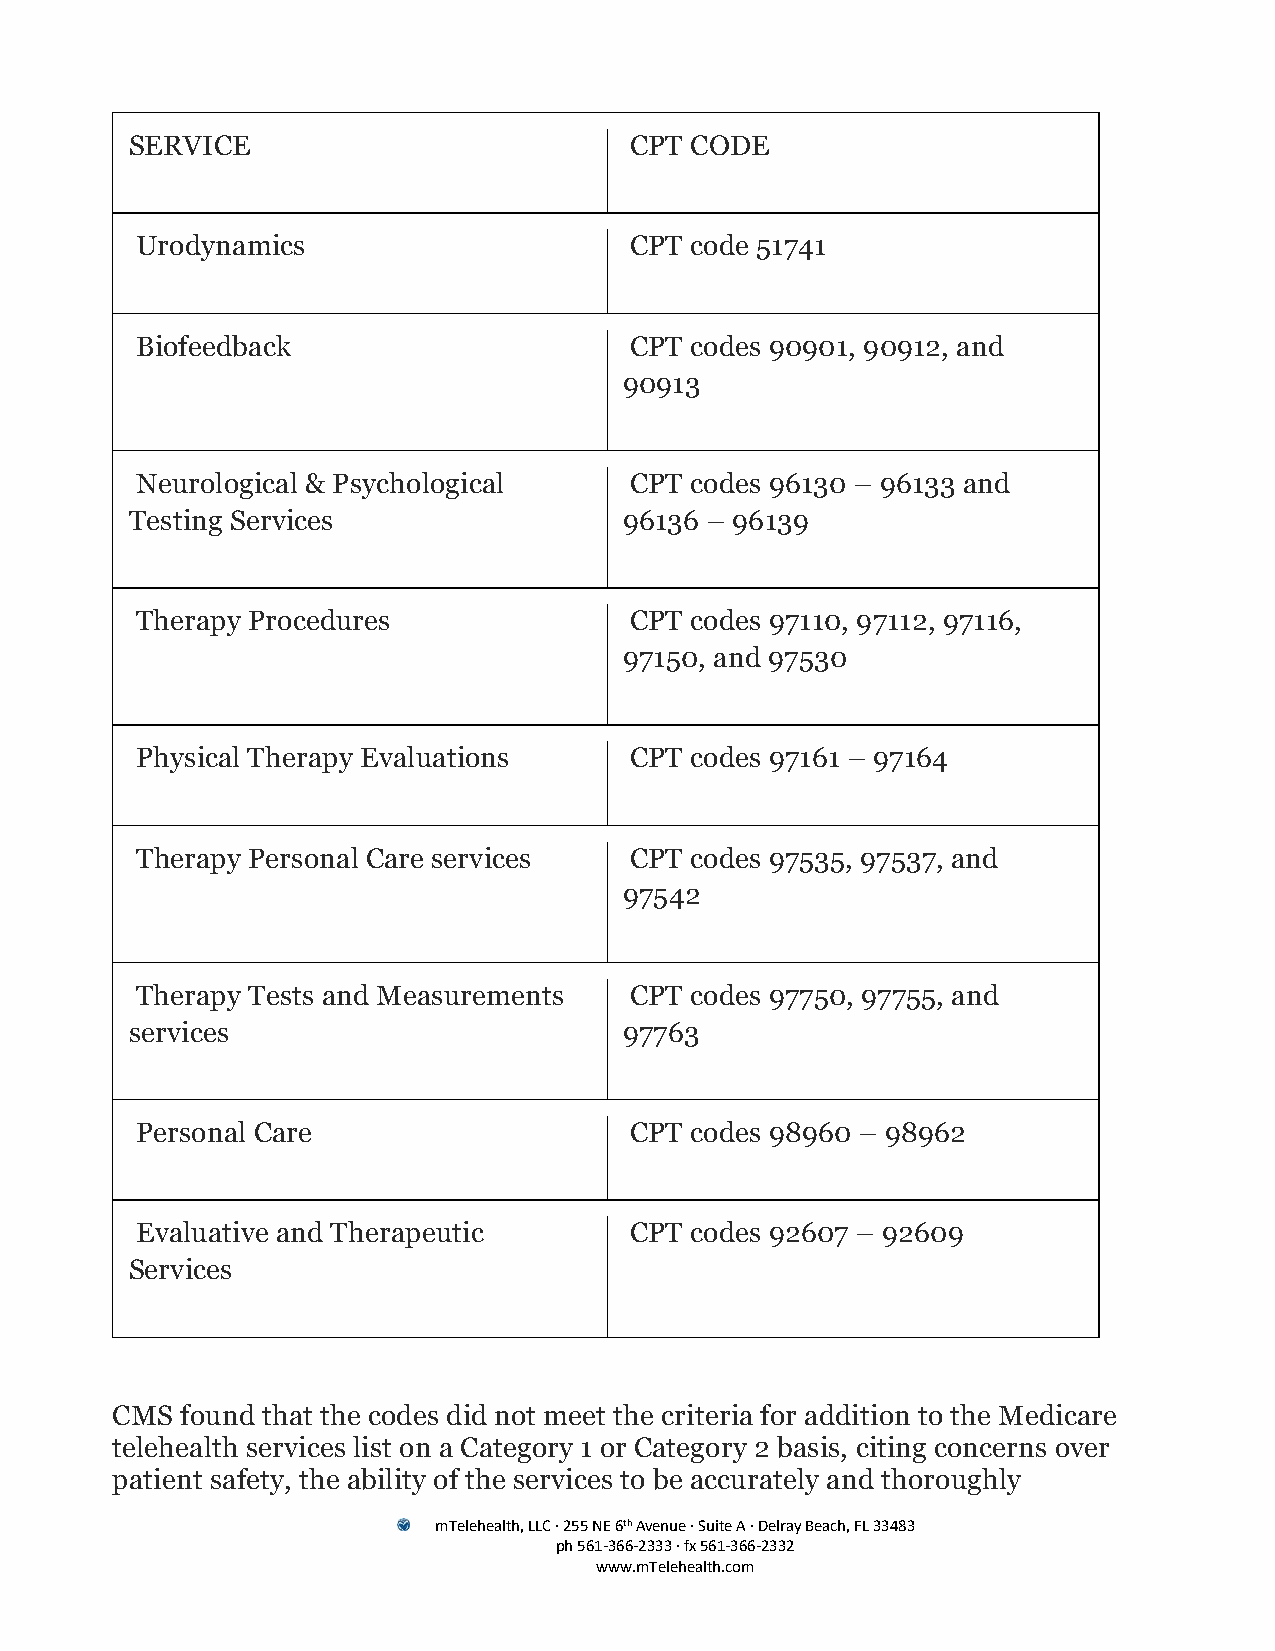
SERVICE                          CPT CODE
 Urodynamics                      CPT code 51741
 Biofeedback                      CPT codes 90901, 90912, and
 90913
 Neurological & Psychological     CPT codes 96130 – 96133 and
 Testing Services                96136 – 96139
 Therapy Procedures               CPT codes 97110, 97112, 97116,
 97150, and 97530
 Physical Therapy Evaluations     CPT codes 97161 – 97164
 Therapy Personal Care services   CPT codes 97535, 97537, and
 97542
 Therapy Tests and Measurements   CPT codes 97750, 97755, and
 services                        97763
 Personal Care                    CPT codes 98960 – 98962
 Evaluative and Therapeutic       CPT codes 92607 – 92609
 Services
 CMS  found that the codes did not meet the criteria for addition to the Medicare
 telehealth services list on a Category 1 or Category 2 basis, citing concerns over
 patient safety, the ability of the services to be accurately and thoroughly
 mTelehealth, LLC · 255 NE 6th Avenue · Suite A · Delray Beach, FL 33483
 ph 561-366-2333 · fx 561-366-2332
 www.mTelehealth.com